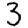
Digit: 3